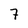
Character: 7